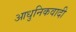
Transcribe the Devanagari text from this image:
आधुनिकवादी